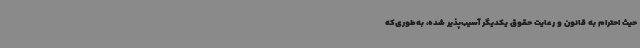
حیث احترام به قانون و رعایت حقوق یکدیگر آسیب‌پذیر شده، به‌طوری‌که